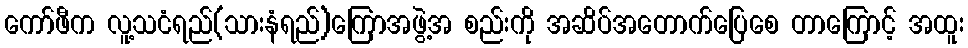
ကော်ဖီက လူ့သငံရည်(သားနံရည်)ကြောအဖွဲ့အ စည်းကို အဆိပ်အတောက်ပြေစေ တာကြောင့် အထူး